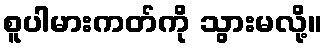
စူပါမားကတ်ကို သွားမလို့။